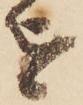
を